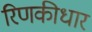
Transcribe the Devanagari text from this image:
रिणकीधार